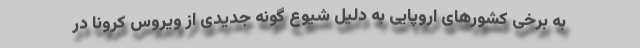
به برخی کشورهای اروپایی به دلیل شیوع گونه جدیدی از ویروس کرونا در